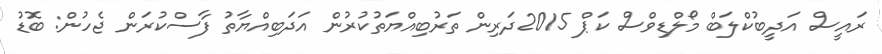
ރައީސް އަދީބުކްލަބް މޯލްޑިވްސް ކަޕް 2015ދަރިން ތަރުބިއްޔަތުކުރުން އަދަބިއްޔާތު ފާސްކުރަން ޖެހުން: ބޮޑު